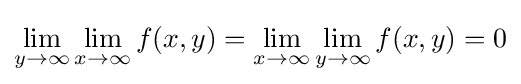
\lim _{y\to \infty }\lim _{x\to \infty }f(x,y)=\lim _{x\to \infty }\lim _{y\to \infty }f(x,y)=0